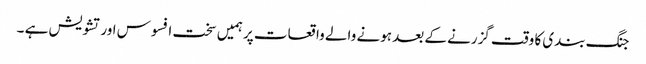
جنگ بندی کا وقت گزرنے کے بعد ہونے والے واقعات پر ہمیں سخت افسوس اور تشویش ہے ۔